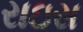
રાઇસ